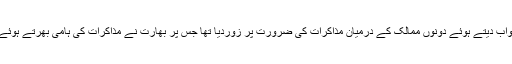
واضح رہے کہ گزشتہ روز وزیراعظم عمران خان نے بھارتی وزیراعظم نریندرا مودی کے خط کا جواب دیتے ہوئے دونوں ممالک کے درمیان مذاکرات کی ضرورت پر زوردیا تھا جس پر بھارت نے مذاکرات کی ہامی بھرتے ہوئے پاک بھارت وزرائے خارجہ کے درمیان 27 ستمبر کو نیویارک میں ملاقات کی تصدیق کردی تھی۔